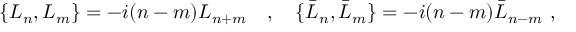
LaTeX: \{ L _ { n } , L _ { m } \} = - i ( n - m ) L _ { n + m } \ \ \ , \ \ \ \{ \bar { L } _ { n } , \bar { L } _ { m } \} = - i ( n - m ) \bar { L } _ { n - m } \ ,